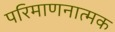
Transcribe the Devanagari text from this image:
परिमाणनात्मक